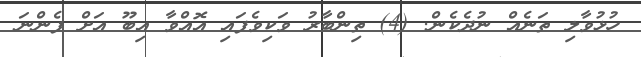
ހުޅުވާލި ތަނެއް ނުދެކެން. (4) ތިންބާރު ވަކިވެފައި އޮއްވާ އިބޫ އަށް ފެންނަ